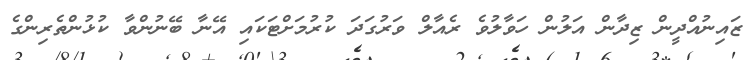
ޒައިނުއްދީން ޒިދާން އަލުން ހަވާލުވެ ރެއާލް ވަރުގަދަ ކުރުމަށްޓަކައި އޭނާ ބޭނުންވާ ކުޅުންތެރިންގެ